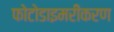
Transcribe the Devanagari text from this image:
फोटोडाइमरीकरण